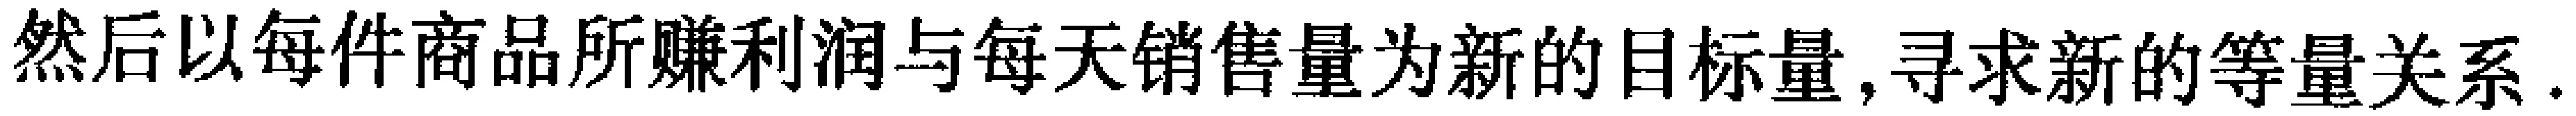
然后以每件商品所赚利润与每天销售量为新的目标量,寻求新的等量关系.